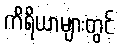
ကိရိယာများတွင်